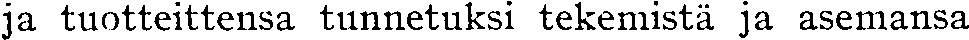
ja tuotteittensa tunnetuksi tekemistä ja asemansa